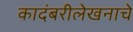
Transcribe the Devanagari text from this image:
कादंबरीलेखनाचे